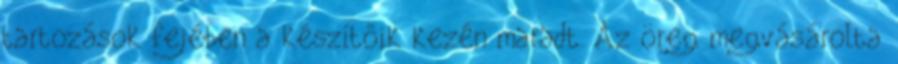
tartozások fejében a készítőik kezén maradt. Az öreg megvásárolta